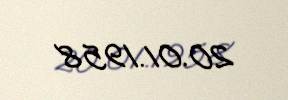
20.01.1958